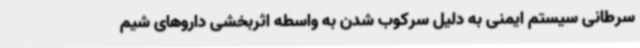
سرطانی سیستم ایمنی به دلیل سرکوب شدن به واسطه اثربخشی داروهای شیم